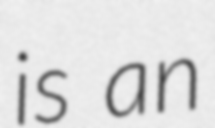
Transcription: is an